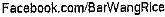
FACEBOOK.COM/BARWANGRLCE